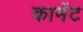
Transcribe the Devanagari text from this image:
कामेंट